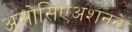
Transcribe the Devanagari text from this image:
असोसिएअशनने